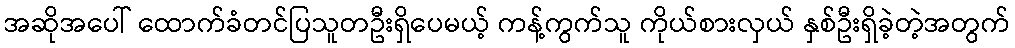
အဆိုအပေါ် ထောက်ခံတင်ပြသူတဦးရှိပေမယ့် ကန့်ကွက်သူ ကိုယ်စားလှယ် နှစ်ဦးရှိခဲ့တဲ့အတွက်